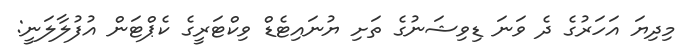
މިދިޔަ އަހަރުގެ ދެ ވަނަ ޑިވިޝަނުގެ ތަށި ޔުނައިޓެޑް ވިކްޓަރީގެ ކެޕްޓަން އުފުލާލަނީ: